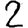
Digit: 2